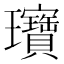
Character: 𬎞